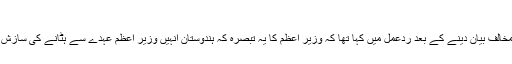
وزیر اعظم کا تبصرہ کسی بھی طرح سے صحیح نہیں: پرچنڈ
این سی پی کے کارگزار صدر پرچنڈ نے وزیراعظم اولی کے ہندوستان مخالف بیان دینے کے بعد ردعمل میں کہا تھا کہ وزیر اعظم کا یہ تبصرہ کہ ہندوستان انہیں وزیر اعظم عہدے سے ہٹانے کی سازش کر رہا ہے، یہ نہ ہی سیاست اور ہی ڈپلومیٹک طریقے سے صحیح ہے۔